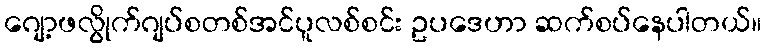
ဂျော့ဖလွိုက်ဂျပ်စတစ်အင်ပူလစ်စင်း ဥပဒေဟာ ဆက်စပ်နေပါတယ်။